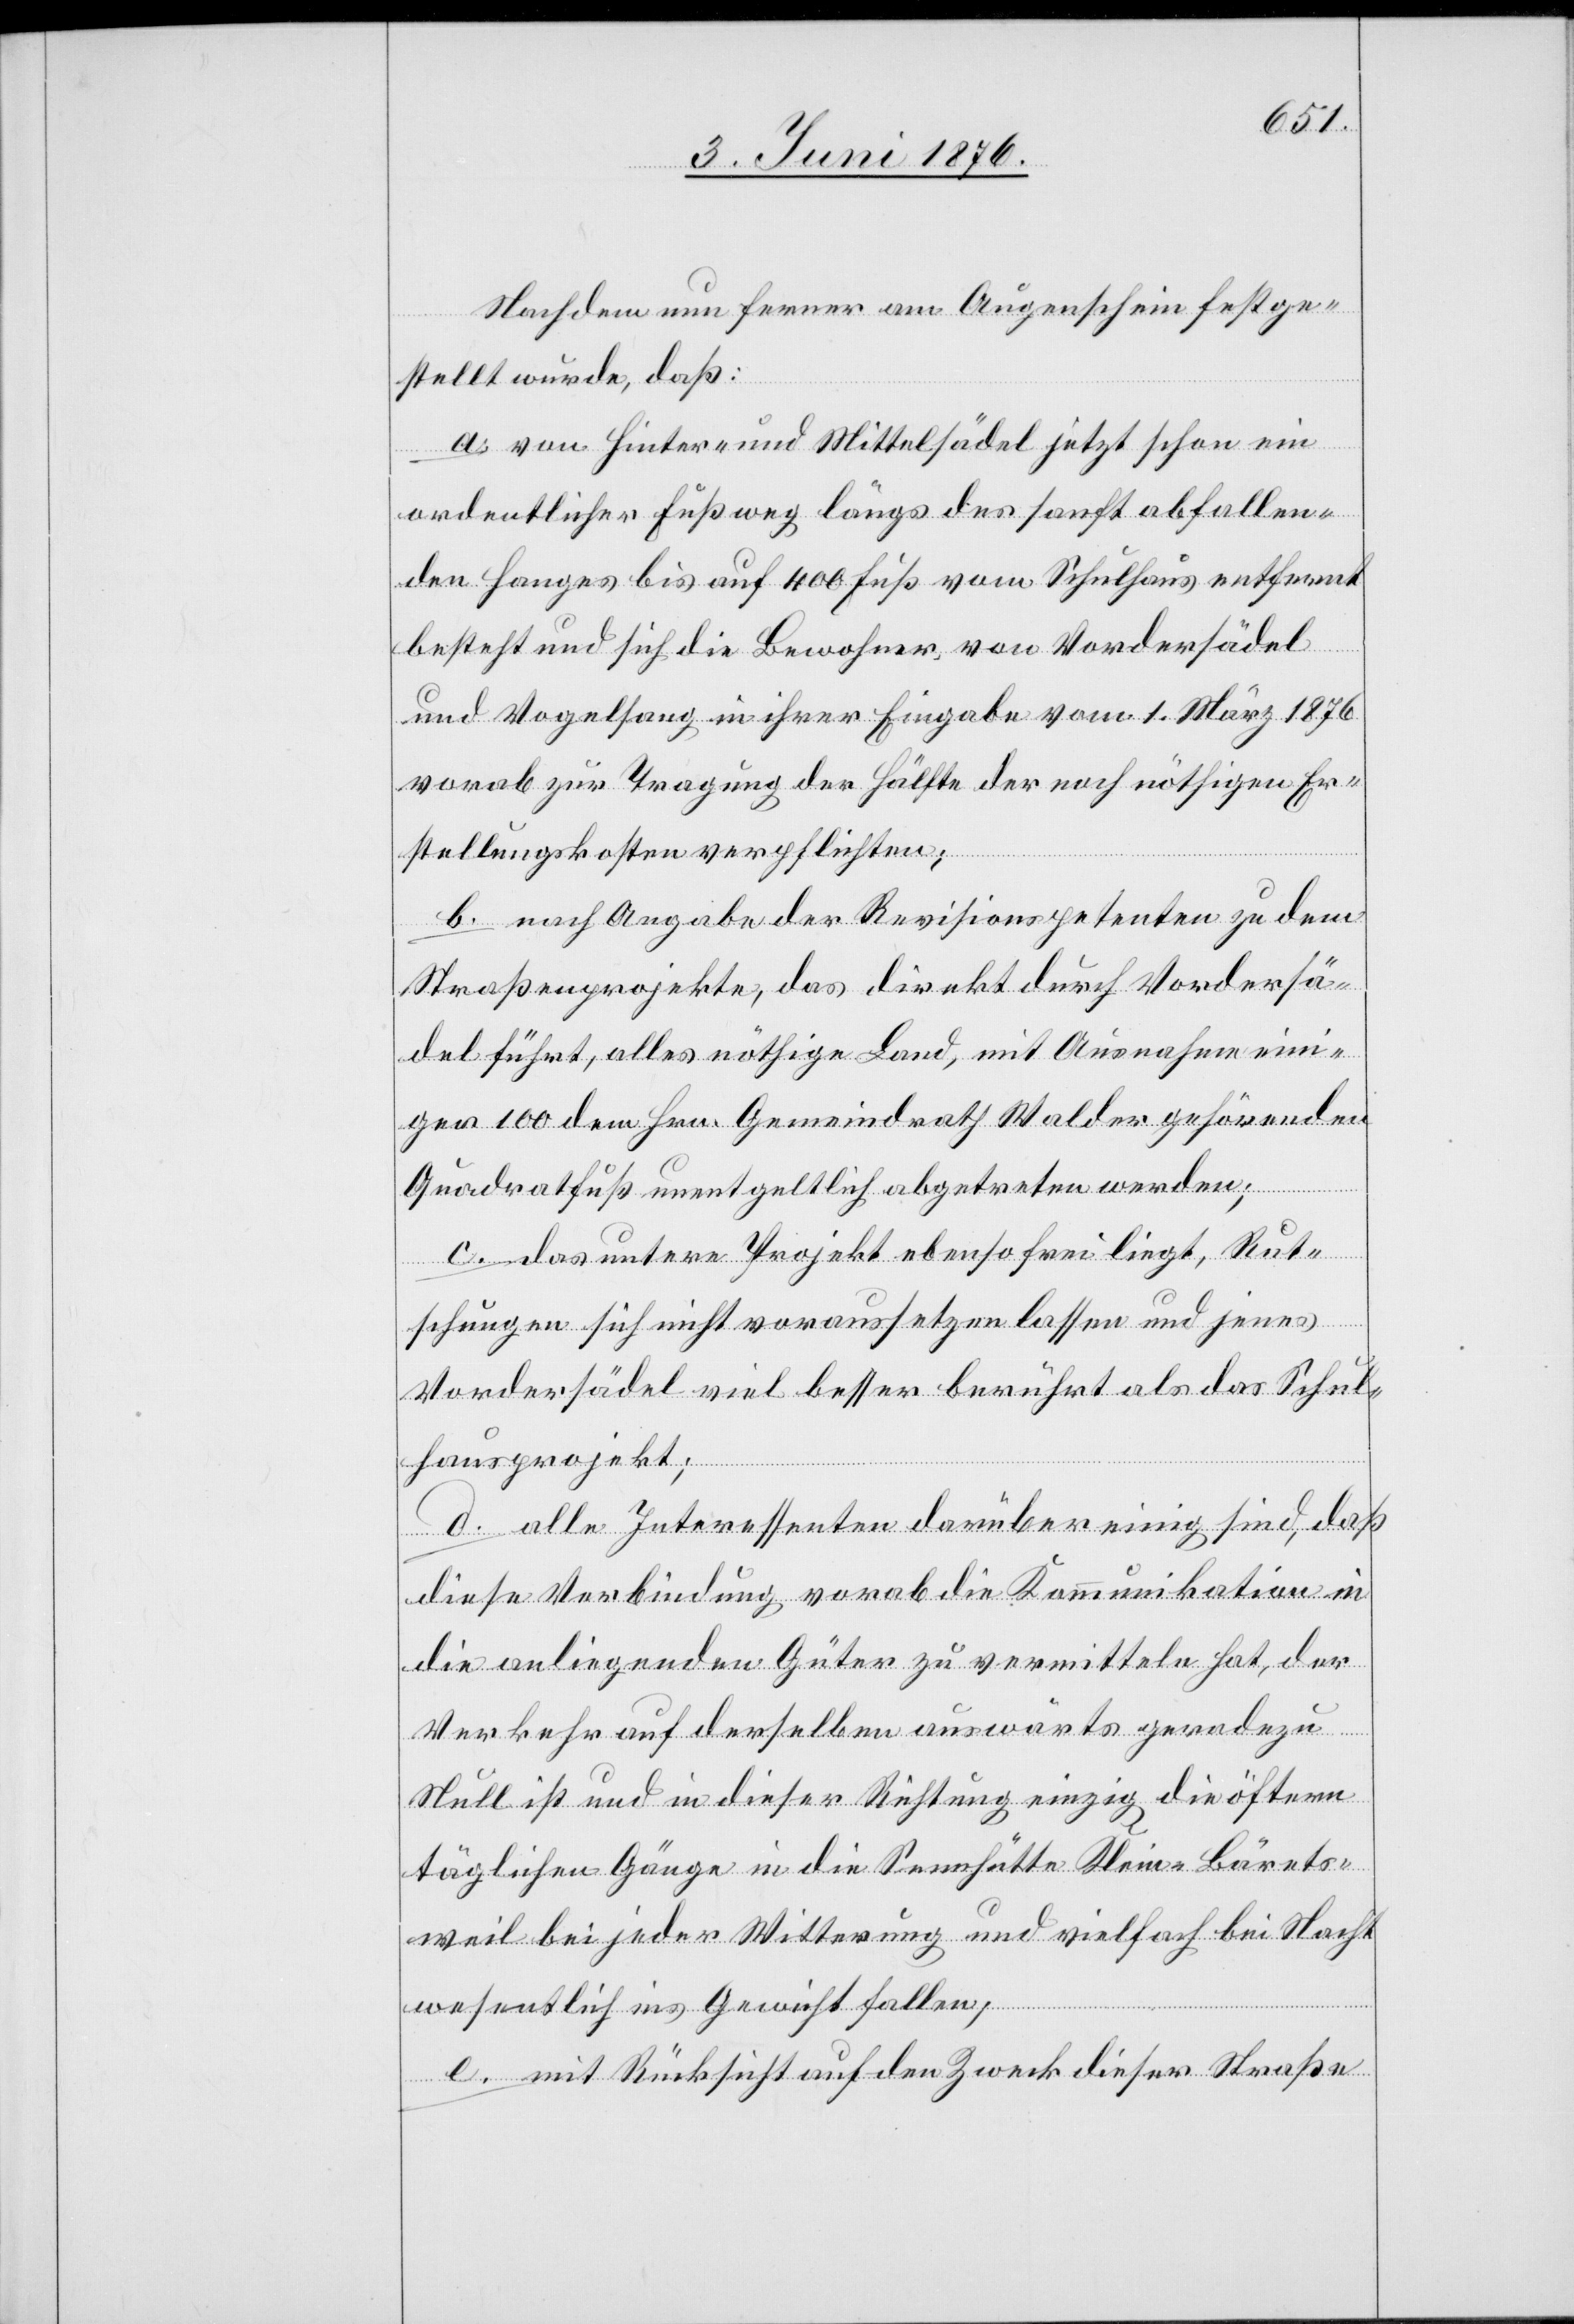
Nachdem nun ferner am Augenschein festge¬
stellt wurde, daß:
a. von Hinter- und Mittelsädel jetzt schon ein
ordentlicher Fußweg längs des sanft abfallen¬
den Hanges bis auf 400 Fuß vom Schulhaus entfernt
besteht und sich die Bewohner von Vordersädel
und Vogelsang in ihrer Eingabe vom 1. März 1876
vorab zur Tragung der Hälfte der noch nöthigen Er¬
stellungskosten verpflichten;
b. nach Angabe der Revisionspetenten zu dem
Straßenprojekte, das direkt durch Vordersä¬
del führt, alles nöthige Land, mit Ausnahme eini¬
ger 100 dem Hrn. Gemeindrath Walder gehörenden
Quadratfuß unentgeltlich abgetreten werden;
c. das untere Projekt ebenso frei liegt, Rut¬
schungen sic nicht voraussetzen lassen und jenes
Vordersädel viel besser berührt als das Schul¬
hausprojekt;
d. alle Interessenten darüber einig sind, daß
diese Verbindung vorab die Kommunikation in
die anliegenden Güter zu vermitteln hat, der
Verkehr auf derselben auswärts geradezu
Null ist und in dieser Richtung einzig die öftern
täglichen Gänge in die Sennhütte Klein-Bärets¬
weil bei jeder Witterung und vielfach bei Nacht
wesentlich ins Gewicht fallen;
e. mit Rücksicht auf den Zweck dieser Straße